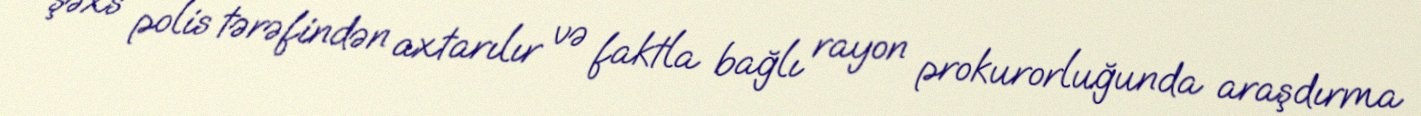
şəxs polis tərəfindən axtarılır və faktla bağlı rayon prokurorluğunda araşdırma